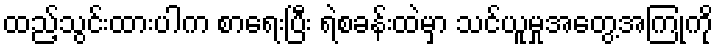
ထည့်သွင်းထားပါက စာရေးပြီး ရဲစခန်းထဲမှာ သင်ယူမှုအတွေ့အကြုံကို